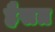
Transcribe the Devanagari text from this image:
हैसत